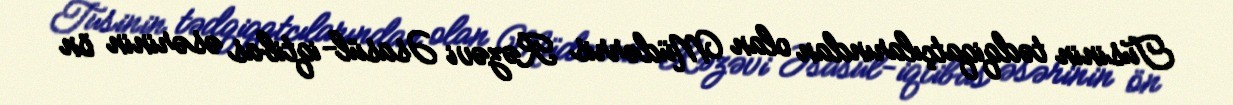
Tusinin tədqiqatçılarından olan Müdərris Rəzəvi Əsasül-iqtibas əsərinin ön